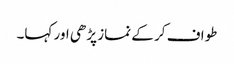
طواف کر کے نماز پڑھی اور کہا۔